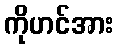
ကိုဟင်အား